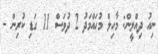
ނިއު ދިއްލީން: މާހިލް މުހައްމަދު 2 ދުވަސް 11 ގަޑި ކުރިން -